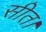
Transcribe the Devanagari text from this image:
सीत।